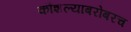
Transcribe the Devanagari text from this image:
कौशल्याबरोबरच